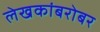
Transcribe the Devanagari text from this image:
लेखकांबरोबर